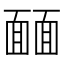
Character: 𩈳